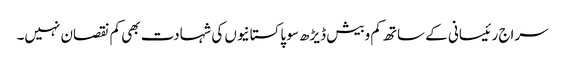
سراج رئیسانی کے ساتھ کم وبیش ڈیڑھ سو پاکستانیوں کی شہادت بھی کم نقصان نہیں۔